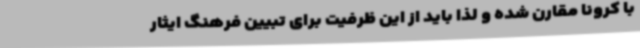
با کرونا مقارن شده و لذا باید از این ظرفیت برای تبیین فرهنگ ایثار